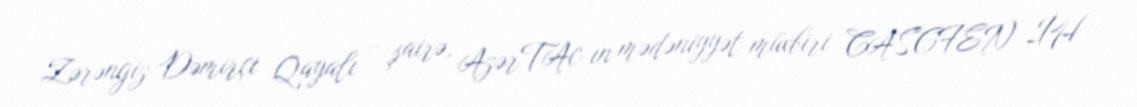
Zərəngiz Dəmirçi Qayalı – şairə, AzərTAc-ın mədəniyyət müxbiri CASCFEN İH